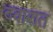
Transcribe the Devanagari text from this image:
दवारात